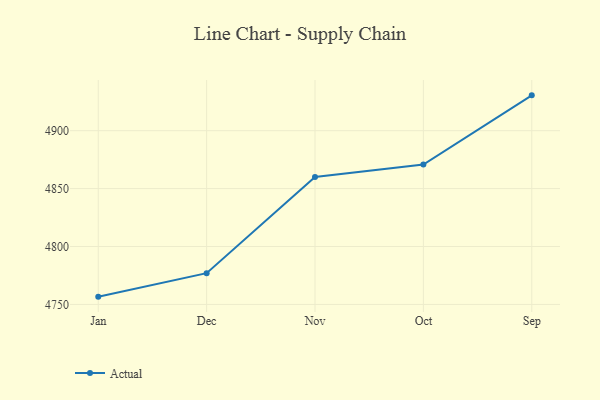
{"axis": {"x": "Month", "y": "Demand Index"}, "legend": ["Actual"], "data": [{"x": "Jan", "y": 4756.7, "type": "Actual"}, {"x": "Dec", "y": 4777.0, "type": "Actual"}, {"x": "Nov", "y": 4860.1, "type": "Actual"}, {"x": "Oct", "y": 4870.7, "type": "Actual"}, {"x": "Sep", "y": 4930.5, "type": "Actual"}]}